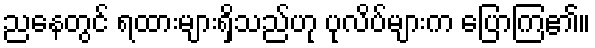
ညနေတွင် ရထားများရှိသည်ဟု ပုလိပ်များက ပြောကြ၏။